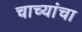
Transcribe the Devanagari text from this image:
चाच्यांचा